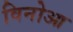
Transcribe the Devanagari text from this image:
विनोआ